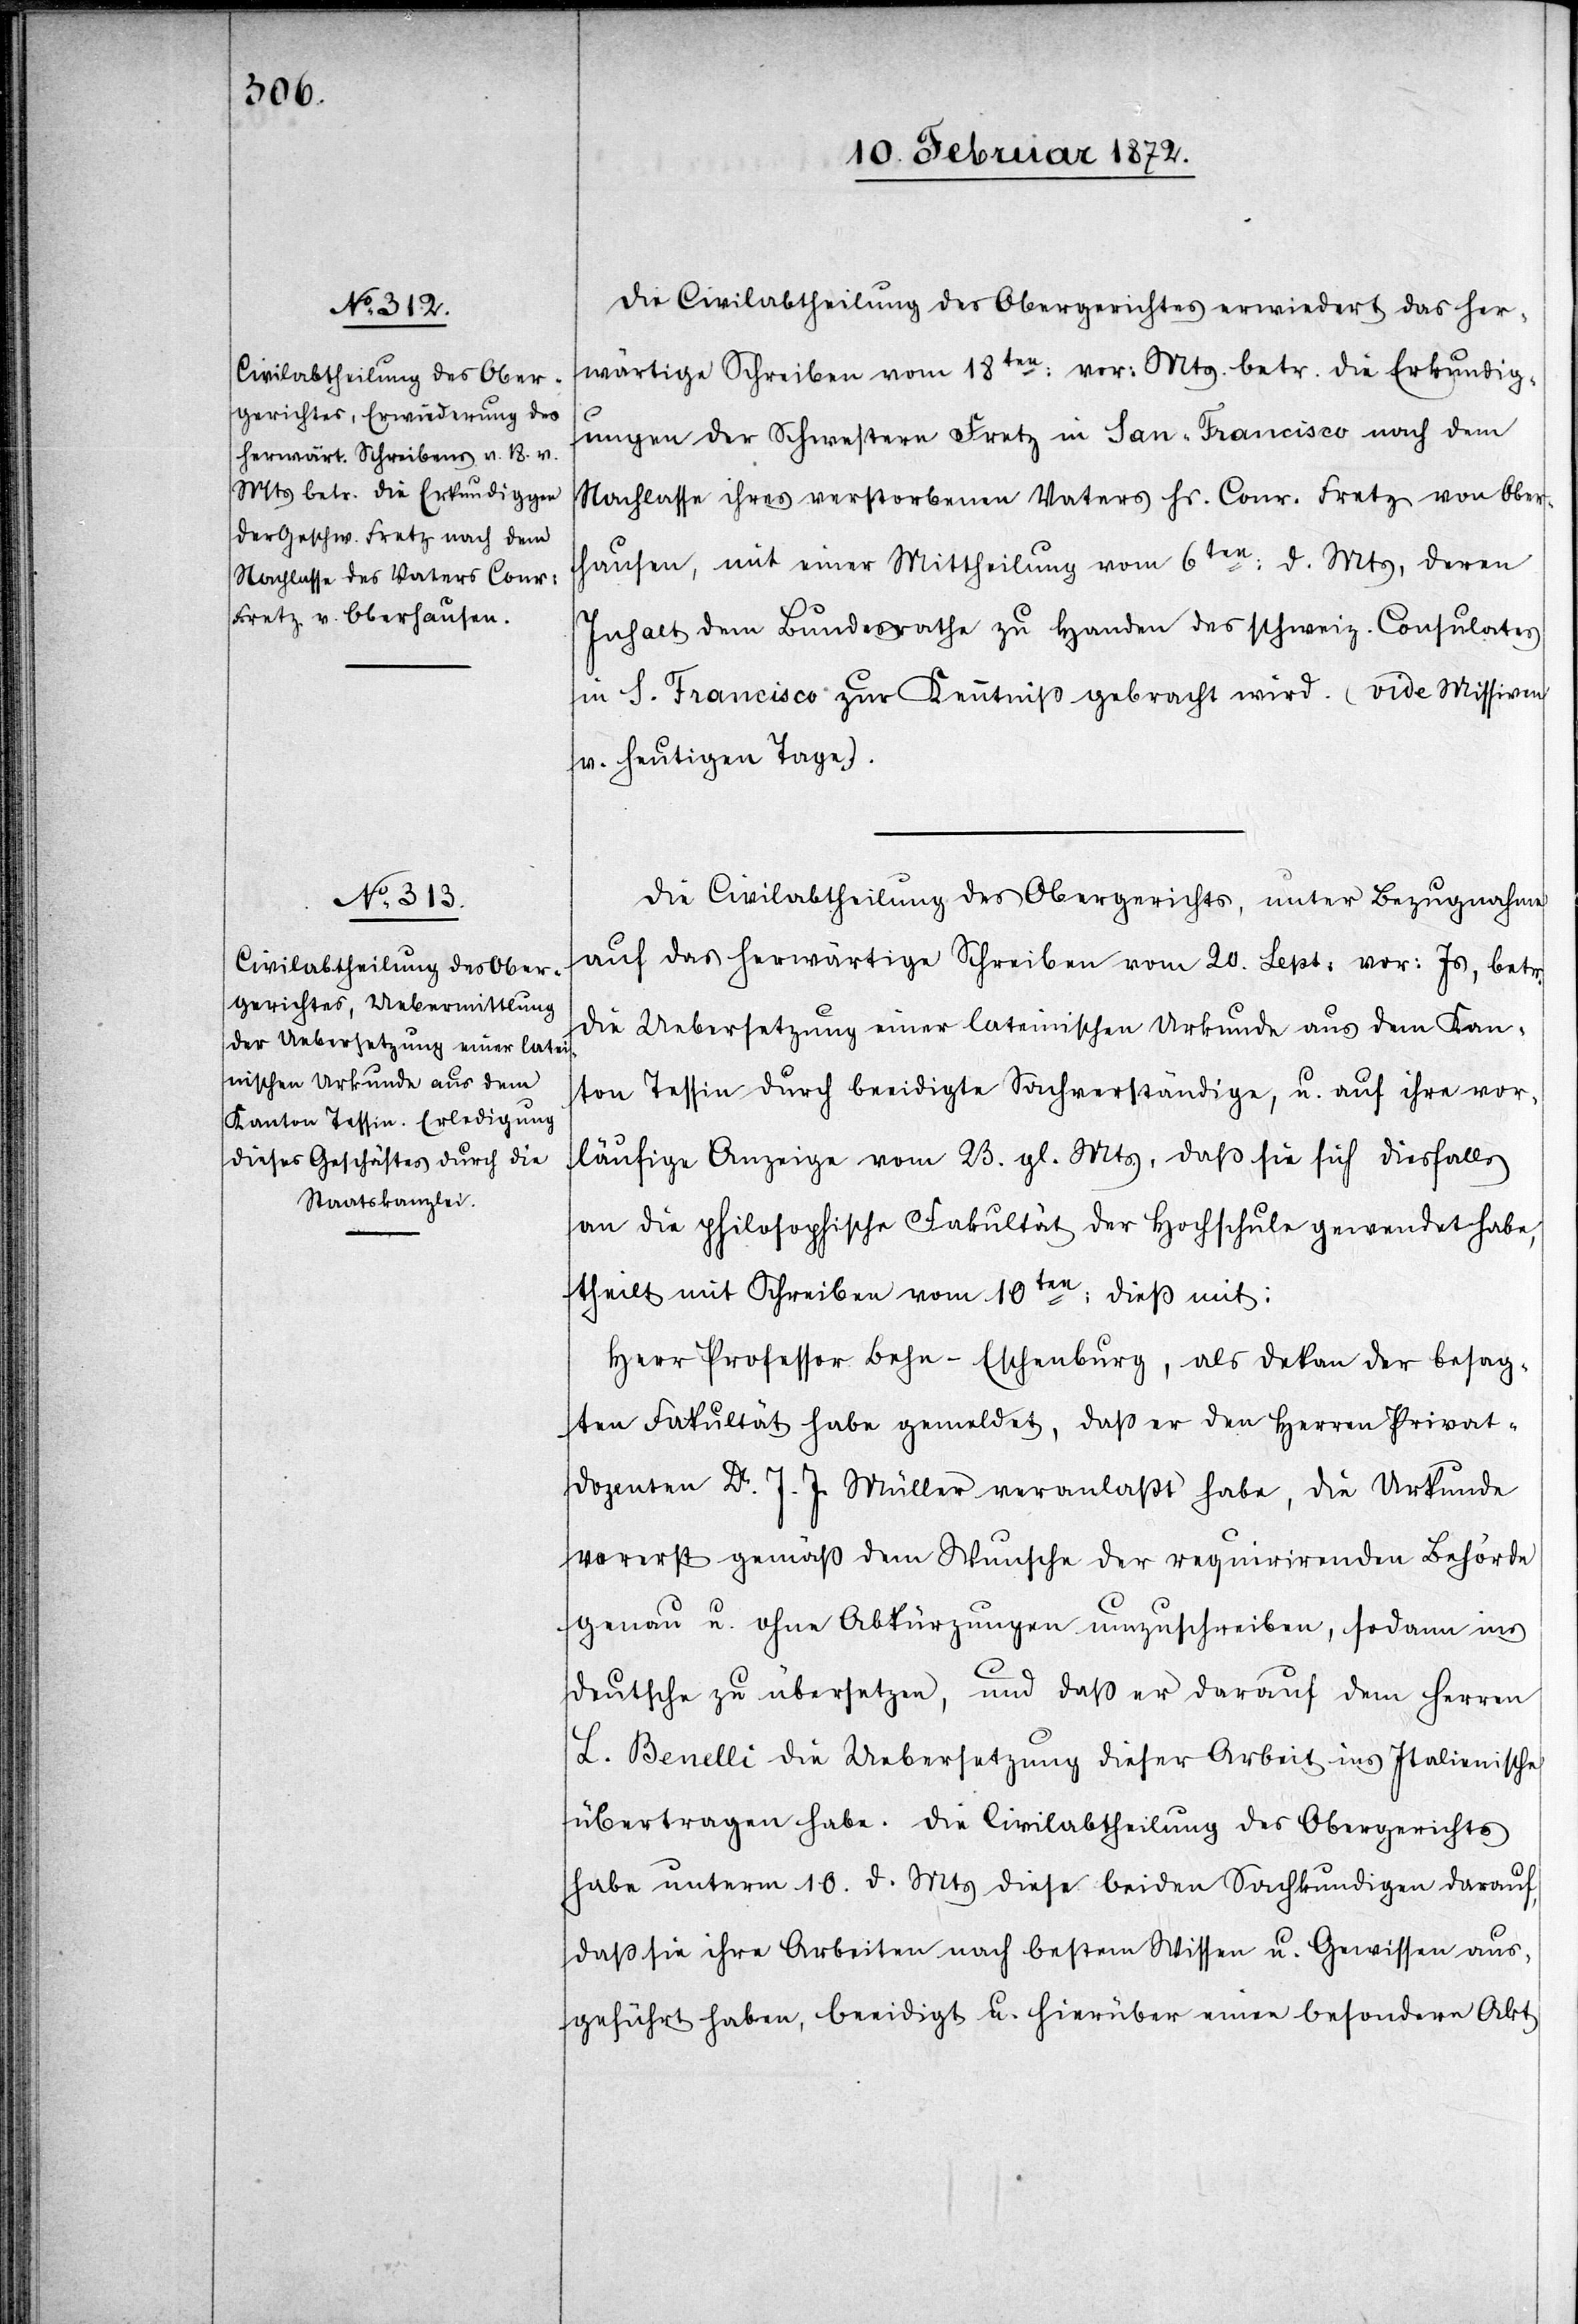
Die Civilabtheilung des Obergerichtes erwiedert das her¬
wärtige Schreiben vom 18ten vor. Mts. betr. die Erkundig¬
ungen der Schwestern Fretz in San-Francisco nach dem
Nachlasse ihres verstorbenen Vaters Hs. Conr. Fretz von Ober¬
hausen, mit einer Mittheilung vom 6ten d. Mts, deren
Inhalt dem Bundesrathe zu Handen des schweiz. Consulates
in S. Francisco zur Kenntniß gebracht wird. (vide Missiven
v. heutigen Tage).
Die Civilabtheilung des Obergerichts, unter Bezugnahme
auf das herwärtige Schreiben vom 20. Sept. vor. Js, betr.
die Uebersetzung einer lateinischen Urkunde aus dem Kan¬
ton Tessin durch beeidigte Sachverständige, u. auf ihre vor¬
läufige Anzeige vom 23. gl. Mts, daß sie sich diesfalls
an die philosophische Fakultät der Hochschule gewendet habe,
theilt mit Schreiben vom 10ten dieß mit:
Herr Professor Behn-Eschenburg, als Dekan der besag¬
ten Fakultät habe gemeldet, daß er den Herren Privat¬
dozenten Dr. J. J. Müller veranlaßt habe, die Urkunde
vorerst gemäß dem Wunsche der requirirenden Behörde
genau u. ohne Abkürzungen umzuschreiben, sodann ins
Deutsche zu übersetzen, und daß er darauf dem Herren
L. Benelli die Uebersetzung dieser Arbeit ins Italienische
übertragen habe. Die Civilabtheilung des Obergerichts
habe unterm 10. d. Mts diese beiden Sachkundigen darauf,
daß sie ihre Arbeiten nach bestem Wissen u. Gewissen aus¬
geführt haben, beeidigt u. hierüber einen besondern Akt